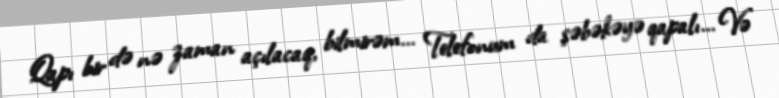
Qapı bir də nə zaman açılacaq, bilmirəm... Telefonum da şəbəkəyə qapalı... Və